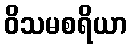
ဝိသမစရိယာ